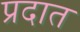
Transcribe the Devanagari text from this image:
प्रदात